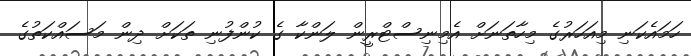
ހަމައެކަނި މިއަހަރުގެ މިހާތަނަށް އެމިނިސްޓްރީން ލަންކާ ގެ ކުންފުނި ތަކަށް ދިން މަސައްކަތުގެ